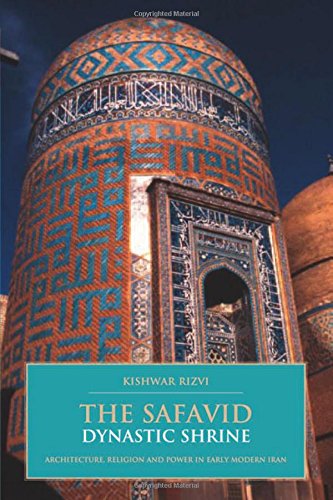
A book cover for The Safavid Dynastic Shrine: Architecture, Religion and Power in Early Modern Iran (British Institute of Persian Studies); Kishwar Rizvi; Religion & Spirituality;